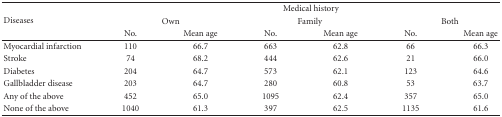
| <ROWSPAN=3> Diseases | <COLSPAN=6> Medical history |
 | <COLSPAN=2> Own | <COLSPAN=2> Family | <COLSPAN=2> Both |
 | No. | Mean age | No. | Mean age | No. | Mean age |
 | --- | --- | --- | --- | --- | --- | --- |
 | Myocardial infarction | 110 | 66.7 | 663 | 62.8 | 66 | 66.3 |
 | Stroke | 74 | 68.2 | 444 | 62.6 | 21 | 66.0 |
 | Diabetes | 204 | 64.7 | 573 | 62.1 | 123 | 64.6 |
 | Gallbladder disease | 203 | 64.7 | 280 | 60.8 | 53 | 63.7 |
 | Any of the above | 452 | 65.0 | 1095 | 62.4 | 357 | 65.0 |
 | None of the above | 1040 | 61.3 | 397 | 62.5 | 1135 | 61.6 |